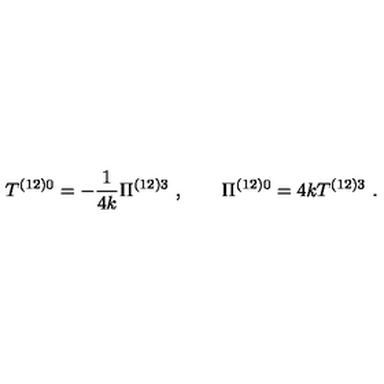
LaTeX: T ^ { \left( 1 2 \right) 0 } = - \frac { 1 } { 4 k } \Pi ^ { \left( 1 2 \right) 3 } \ , \qquad \Pi ^ { ( 1 2 ) 0 } = 4 k T ^ { ( 1 2 ) 3 } \ .